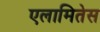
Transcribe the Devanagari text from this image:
एलामितेस